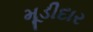
મૂડીદાર